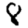
Digit: 8